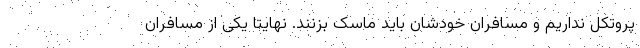
پروتکل نداریم و مسافران خودشان باید ماسک بزنند. نهایتا یکی از مسافران